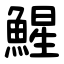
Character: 鯹